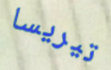
تيريسا